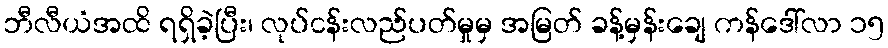
ဘီလီယံအထိ ရရှိခဲ့ပြီး၊ လုပ်ငန်းလည်ပတ်မှုမှ အမြတ် ခန့်မှန်းချေ ကန်ဒေါ်လာ ၁၅